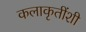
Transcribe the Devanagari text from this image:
कलाकृतींशी